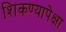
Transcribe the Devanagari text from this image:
शिकण्यापेक्षा